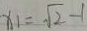
x _ { 1 } = \sqrt { 2 } - 1